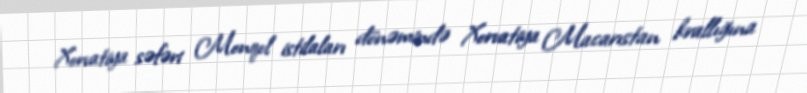
Xorvatiya səfəri Monqol istilaları dönəmində Xorvatiya Macarıstan krallığına